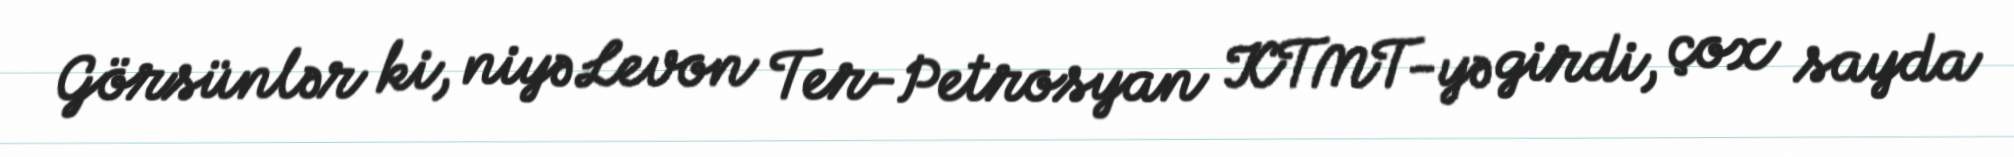
Görsünlər ki, niyə Levon Ter-Petrosyan KTMT-yə girdi, çox sayda